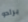
برادو